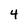
Character: 4